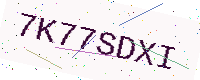
Text: 7K77SDXI